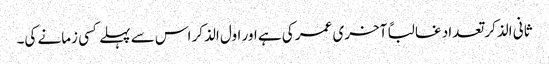
ثانی الذکر تعداد غالباً آخری عمر کی ہے اور اول الذکر اس سے پہلے کسی زمانے کی۔